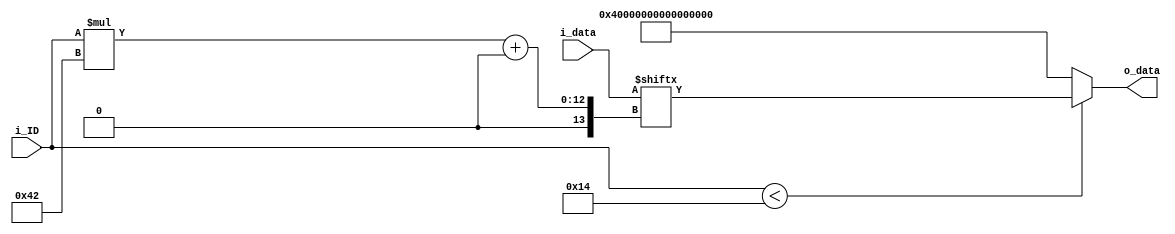
/*
	Basicamente un multiplexor de N entradas de 66 bits.
	Recibe como entrada las 20 lanes de recepcion,cada una de 66bits
	y da como salida una de las lanes segun lo indicado
	por la entrada ID
*/


module lane_swap
#(
	parameter NB_CODED_BLOCK = 66,
	parameter N_LANES		 = 20,
	parameter NB_ID			 = $clog2(N_LANES)
 )
 (
 	input  wire [NB_CODED_BLOCK*N_LANES-1 : 0] 	i_data,
 	input  wire [NB_ID-1 : 0] 					i_ID,

 	output wire [NB_CODED_BLOCK-1 : 0] 			o_data
 );

assign	o_data =(i_ID < N_LANES) ? i_data[(i_ID*NB_CODED_BLOCK ) +: NB_CODED_BLOCK] : {NB_CODED_BLOCK{1'b1}} ;

endmodule